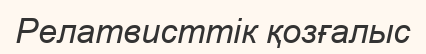
Релатвисттік қозғалыс